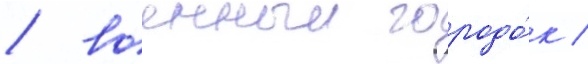
/ военныи городо́к /